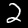
Digit: 2